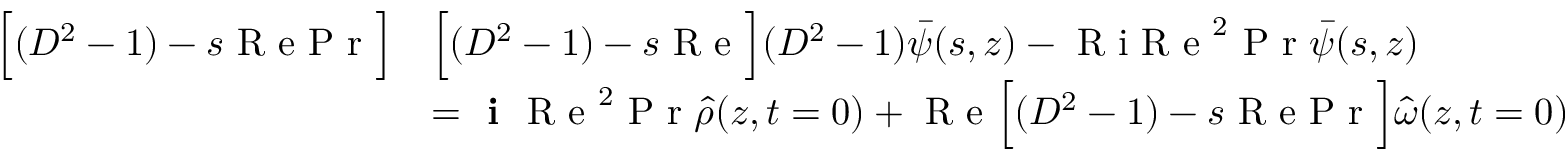
\begin{array} { r l } { \Big [ ( D ^ { 2 } - 1 ) - s \textrm { R e P r } \Big ] } & { \Big [ ( D ^ { 2 } - 1 ) - s \textrm { R e } \Big ] ( D ^ { 2 } - 1 ) \bar { \psi } ( s , z ) - \textrm { R i R e } ^ { 2 } \textrm { P r } \bar { \psi } ( s , z ) } \\ & { = \textbf { i } \textrm { R e } ^ { 2 } \textrm { P r } \hat { \rho } ( z , t = 0 ) + \textrm { R e } \Big [ ( D ^ { 2 } - 1 ) - s \textrm { R e P r } \Big ] \hat { \omega } ( z , t = 0 ) } \end{array}